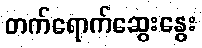
တက်ရောက်ဆွေးနွေး